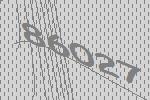
86027